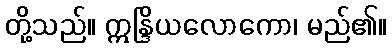
တို့သည်။ ဣန္ဒြိယလောကော၊ မည်၏။